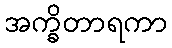
အက္ခိတာရကာ